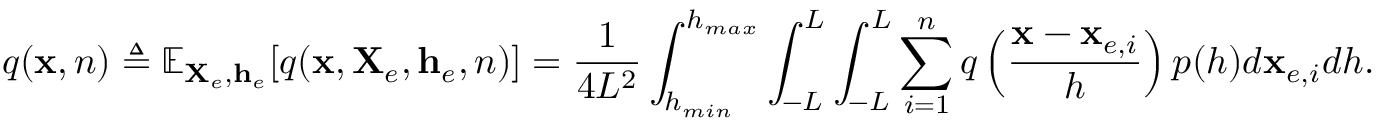
q ( \mathbf { x } , n ) \triangleq \mathbb { E } _ { \mathbf { X } _ { e } , \mathbf { h } _ { e } } [ q ( \mathbf { x } , \mathbf { X } _ { e } , \mathbf { h } _ { e } , n ) ] = \frac { 1 } { 4 L ^ { 2 } } \int _ { h _ { m i n } } ^ { h _ { m a x } } \int _ { - L } ^ { L } \int _ { - L } ^ { L } \sum _ { i = 1 } ^ { n } q \left( \frac { \mathbf { x } - \mathbf { x } _ { e , i } } { h } \right) p ( h ) d \mathbf { x } _ { e , i } d h .